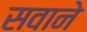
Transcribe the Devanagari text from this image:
सवाने